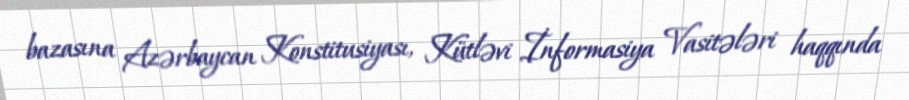
bazasına Azərbaycan Konstitusiyası, Kütləvi İnformasiya Vasitələri haqqında